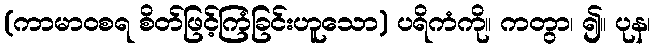
(ကာမာဝစရ စိတ်ဖြင့်ကြံခြင်းဟူသော) ပရိကံကို။ ကတွာ၊ ၍။ ပုန၊